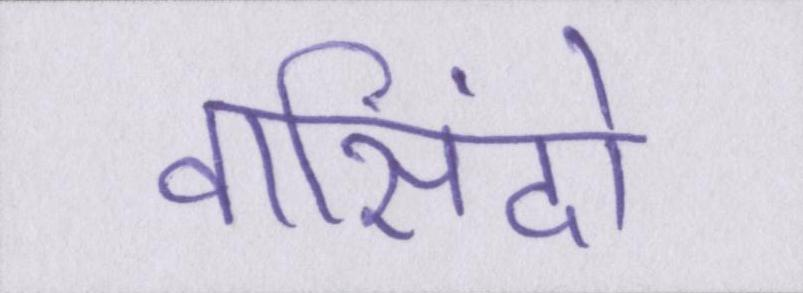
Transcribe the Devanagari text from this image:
वासिंदो